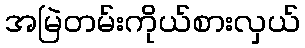
အမြဲတမ်းကိုယ်စားလှယ်